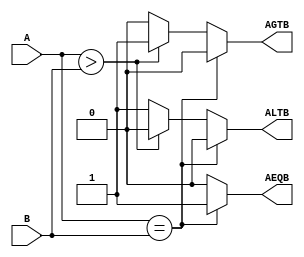
module magComp_beh(ALTB, AGTB, AEQB, A, B);
  input [3:0] A, B;
  output ALTB, AGTB, AEQB;
  reg ALTB, AGTB, AEQB;
  always@(A or B)
    begin
      if(A==B) begin
        ALTB=0;
        AGTB=0;
        AEQB=1;
      end else if(A > B) begin
        ALTB=0;
        AGTB=1;
        AEQB=0;
      end else begin
        ALTB=1;
        AGTB=0;
        AEQB=0;
      end
    end
endmodule